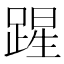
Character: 𮛲